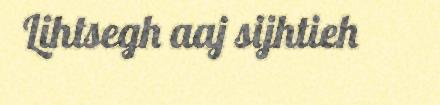
Lihtsegh aaj sijhtieh